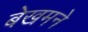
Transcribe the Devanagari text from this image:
बेखमने